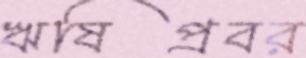
ঋষিপ্রবর